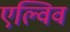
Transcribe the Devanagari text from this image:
एल्विव